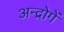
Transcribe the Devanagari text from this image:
अन्द्रोगें